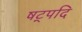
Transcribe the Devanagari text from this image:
षट्पदि